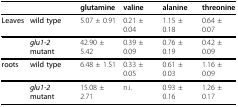
<table><thead><tr><td></td><td></td><td><b>glutamine</b></td><td><b>valine</b></td><td><b>alanine</b></td><td><b>threonine</b></td></tr></thead><tbody><tr><td><b>Leaves</b></td><td><b>wild type</b></td><td>5.07 ± 0.91</td><td>0.21 ± 0.04</td><td>1.15 ± 0.18</td><td>0.64 ± 0.07</td></tr><tr><td></td><td><b><i>glu1-2 </i>mutant</b></td><td>42.90 ± 5.42</td><td>0.39 ± 0.09</td><td>0.76 ± 0.19</td><td>0.42 ± 0.09</td></tr><tr><td><b>roots</b></td><td><b>wild type</b></td><td>6.48 ± 1.51</td><td>0.33 ± 0.05</td><td>0.61 ± 0.03</td><td>1.16 ± 0.09</td></tr><tr><td></td><td><b><i>glu1-2 </i>mutant</b></td><td>15.08 ± 2.71</td><td>n.i.</td><td>0.93 ± 0.16</td><td>1.26 ± 0.17</td></tr></tbody></table>